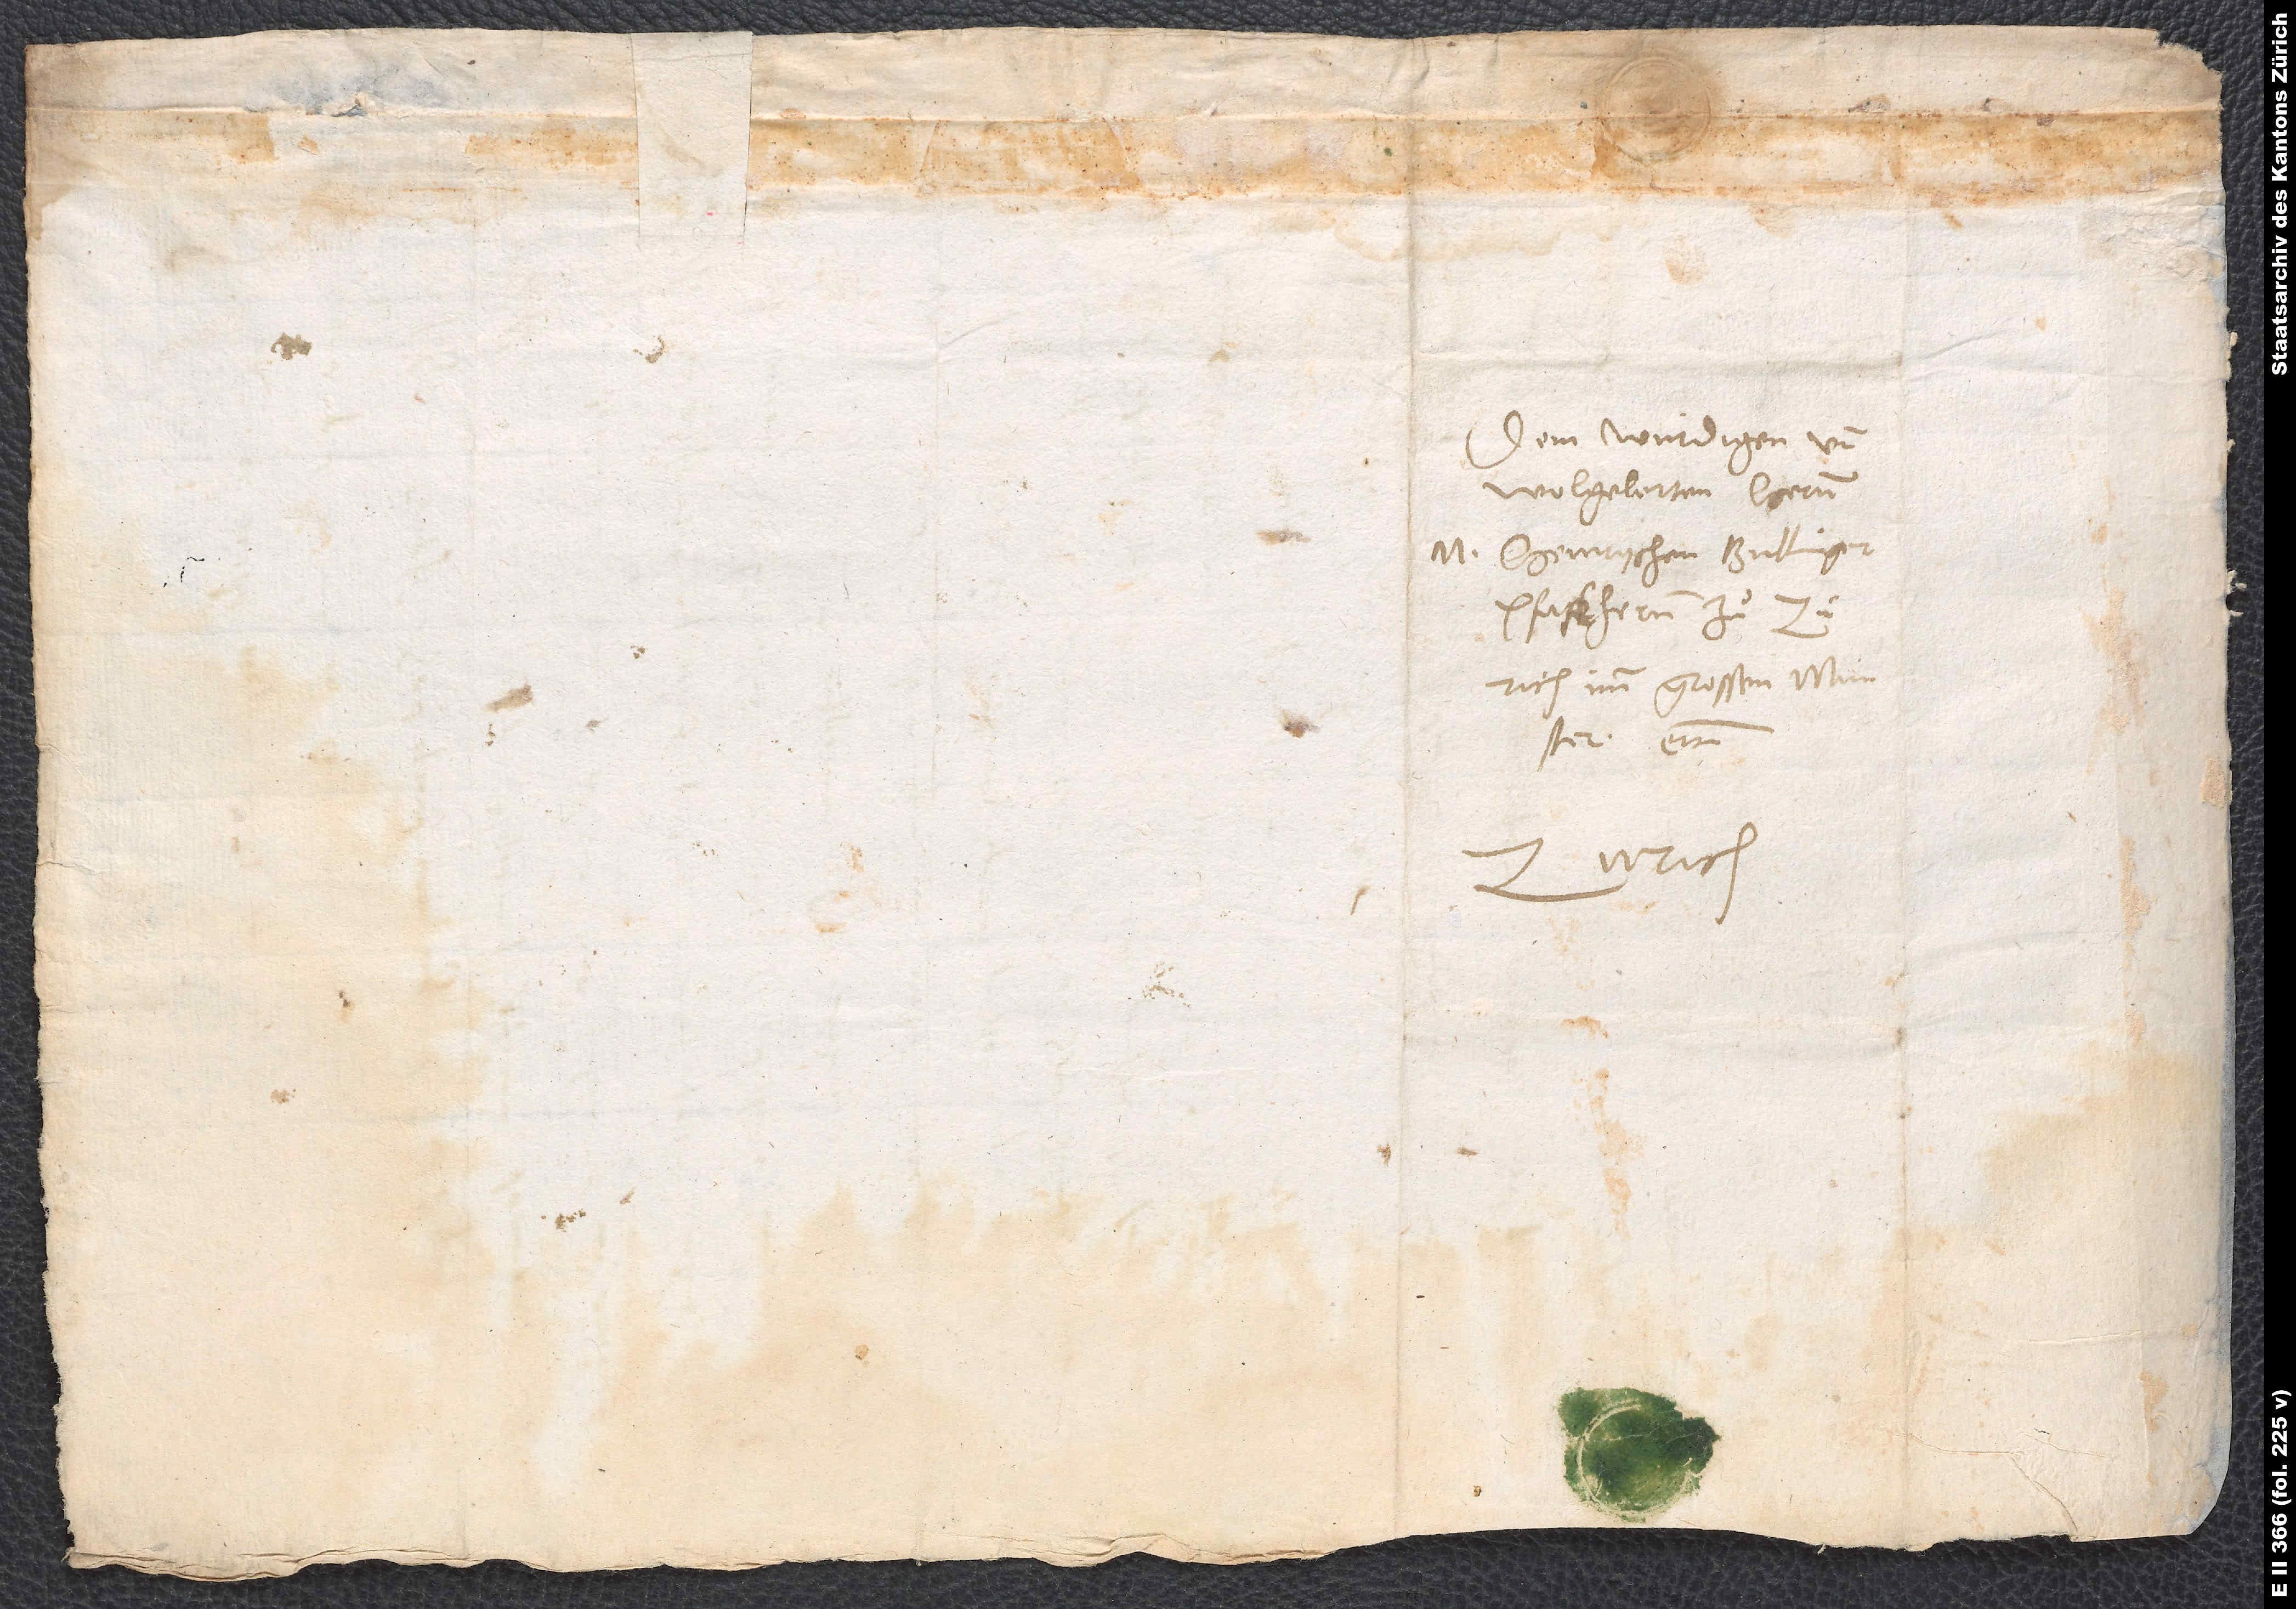
Dem würdigen und
wolgelerten hernn
M. Heinrychen Bullinger,
imm grossen münster
Zurich.